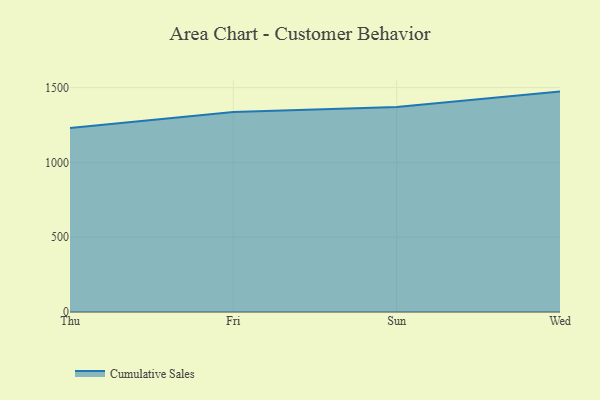
{"axis": {"x": "Day", "y": "LTV (USD)"}, "legend": ["Cumulative Sales"], "data": [{"x": "Thu", "y": 1229.6, "type": "Cumulative Sales"}, {"x": "Fri", "y": 1337.4, "type": "Cumulative Sales"}, {"x": "Sun", "y": 1370.5, "type": "Cumulative Sales"}, {"x": "Wed", "y": 1473.1, "type": "Cumulative Sales"}]}